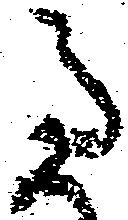
過